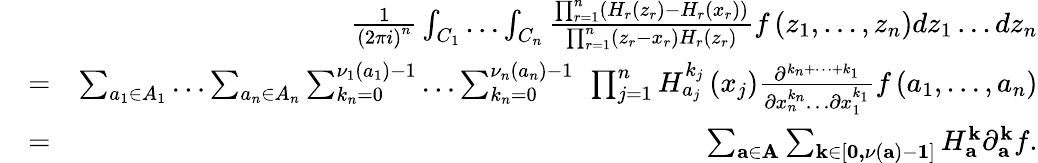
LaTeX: \begin{array}{rlr}&{}&{\frac{1}{\left(2\pi i\right)^{n}}\int_{C_{1}}\dots\int_{C_{n}}\frac{\prod_{r=1}^{n}\left(H_{r}\left(z_{r}\right)-H_{r}\left(x_{r}\right)\right)}{\prod_{r=1}^{n}\left(z_{r}-x_{r}\right)H_{r}\left(z_{r}\right)}f\left(z_{1},\dots,z_{n}\right)dz_{1}\dots dz_{n}}\\ &{=}&{\sum_{a_{1}\in A_{1}}\dots\sum_{a_{n}\in A_{n}}\sum_{k_{n}=0}^{\nu_{1}\left(a_{1}\right)-1}\dots\sum_{k_{n}=0}^{\nu_{n}\left(a_{n}\right)-1}\ \prod_{j=1}^{n}H_{a_{j}}^{k_{j}}\left(x_{j}\right)\frac{\partial^{{k}_{n}+\dots+k_{1}}}{\partial x_{n}^{k_{n}}\dots\partial x_{1}^{k_{1}}}f\left(a_{1},\dots,a_{n}\right)}\\ &{=}&{\sum_{\mathbf{a\in A}}\sum_{\mathbf{k\in}\left[\mathbf{0,}\nu\left(\mathbf{a}\right)-\mathbf{1}\right]}H_{\mathbf{a}}^{\mathbf{k}}\partial_{\mathbf{a}}^{\mathbf{k}}f.}\end{array}